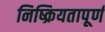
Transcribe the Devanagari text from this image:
निष्क्रियतापूर्ण